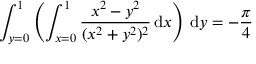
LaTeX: \int _ { y = 0 } ^ { 1 } \left( \int _ { x = 0 } ^ { 1 } { \frac { x ^ { 2 } - y ^ { 2 } } { ( x ^ { 2 } + y ^ { 2 } ) ^ { 2 } } } \, { \mathrm { d } } x \right) \, { \mathrm { d } } y = - { \frac { \pi } { 4 } }